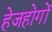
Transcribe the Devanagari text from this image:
हेजहोगों